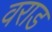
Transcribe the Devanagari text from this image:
वराड